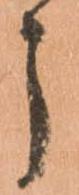
う